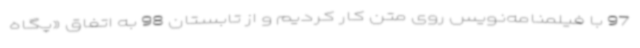
97 با فیلمنامه‌نویس روی متن کار کردیم و از تابستان 98 به اتفاق «پگاه